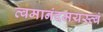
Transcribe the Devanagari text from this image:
त्वमानंदमयस्त्वं